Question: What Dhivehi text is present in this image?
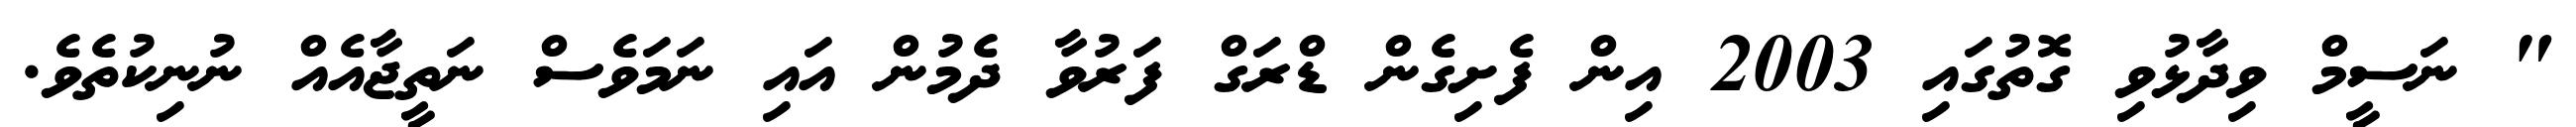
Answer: " ނަސީމް ވިދާޅުވި ގޮތުގައި 2003 އިން ފެށިގެން ޑްރަގް ފަރުވާ ދެމުން އައި ނަމަވެސް ނަތީޖާއެއް ނުނިކުތެވެ.